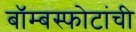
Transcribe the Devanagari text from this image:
बॉम्बस्फोटांची